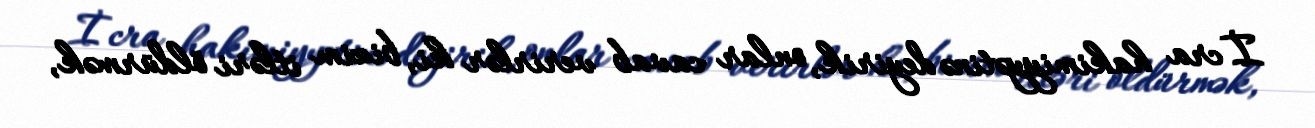
İcra hakimiyyətinə deyirik, onlar cavab verirlər ki, bizim itləri öldürmək,